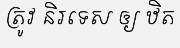
ត្រូវ និរទេស ឲ្យ ឋិត